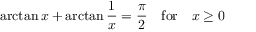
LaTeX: \arctan { x } + \arctan \frac { 1 } { x } = \frac { \pi } { 2 } ~ ~ ~ \mathrm { f o r } ~ ~ ~ x \ge 0